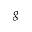
g